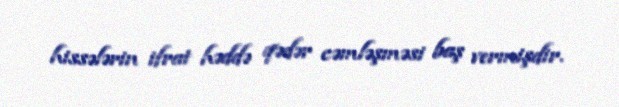
hissələrin ifrat həddə qədər cəmləşməsi baş vermişdir.